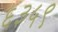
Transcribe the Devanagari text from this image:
६३५९